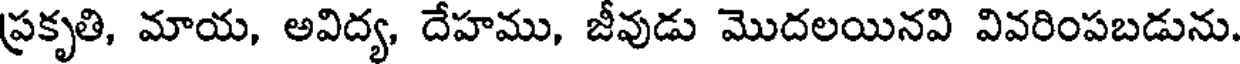
ప్రకృతి, మాయ, అవిద్య, దేహము, జీవుడు మొదలయినవి వివరింపబడును.